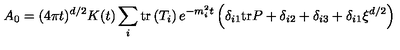
A _ { 0 } = ( 4 \pi t ) ^ { d / 2 } K ( t ) \sum _ { i } \mathrm { t r } \left( T _ { i } \right) e ^ { - m _ { i } ^ { 2 } t } \left( \delta _ { i 1 } \mathrm { t r } P + \delta _ { i 2 } + \delta _ { i 3 } + \delta _ { i 1 } \xi ^ { d / 2 } \right)